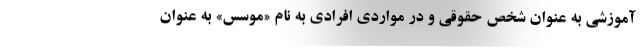
آموزشی به عنوان شخص حقوقی و در مواردی افرادی به نام «موسس» به عنوان